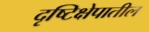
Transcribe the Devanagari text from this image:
दृष्टिक्षेपातील